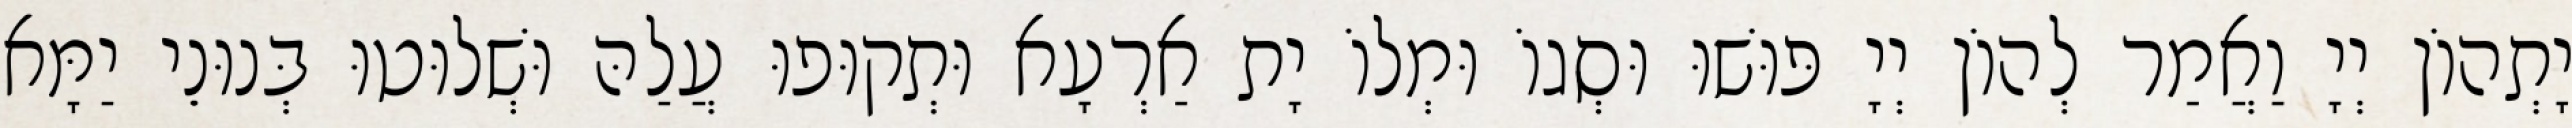
יָתְהוֹן יְיָ וַאֲמַר לְהוֹן יְיָ פּוּשׁוּ וּסְגוֹ וּמְלוֹ יָת אַרְעָא וּתְקוּפוּ עֲלַהּ וּשְׁלוּטוּ בְּנוּנֵי יַמָּא